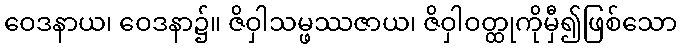
ဝေဒနာယ၊ ဝေဒနာ၌။ ဇိဝှါသမ္ဖဿဇာယ၊ ဇိဝှါဝတ္ထုကိုမှီ၍ဖြစ်သော